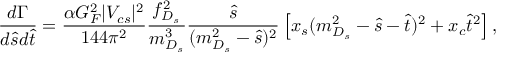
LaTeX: \frac { d \Gamma } { d \hat { s } d \hat { t } } = \frac { \alpha G _ { F } ^ { 2 } | V _ { c s } | ^ { 2 } } { 1 4 4 \pi ^ { 2 } } \frac { f _ { D _ { s } } ^ { 2 } } { m _ { D _ { s } } ^ { 3 } } \frac { \hat { s } } { ( m _ { D _ { s } } ^ { 2 } - \hat { s } ) ^ { 2 } } \left[ x _ { s } ( m _ { D _ { s } } ^ { 2 } - \hat { s } - \hat { t } ) ^ { 2 } + x _ { c } \hat { t } ^ { 2 } \right] ,